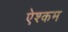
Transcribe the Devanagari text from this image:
ऐश्कम